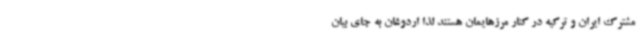
مشترک ایران و ترکیه در کنار مرزهایمان هستند لذا اردوغان به جای بیان